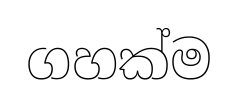
ගහක්ම